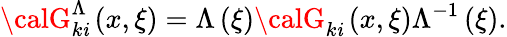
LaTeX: {\calG}_{k\mathit{i}}^{\Lambda}\left({x,\xi}\right)=\Lambda\left(\xi\right){\calG}_{k\mathit{i}}\left({x,\xi}\right)\Lambda^{-1}\left(\xi\right).